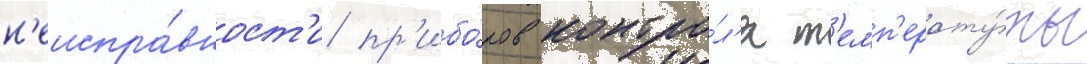
н'еиспра́вност'и пр'ибо́ров контро́л'я т'емп'ерату́ры